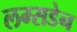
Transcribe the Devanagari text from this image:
लम्सडेन